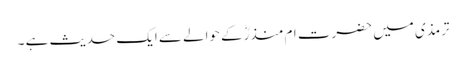
ترمذی میں حضرت ام منذرؓکے حوالے سے ایک حدیث ہے ۔